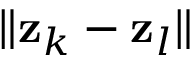
\| \mathbf { z } _ { k } - \mathbf { z } _ { l } \|